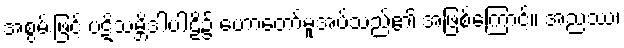
အစွမ်းဖြင့် ပဋိသမ္ဘိဒါပါဠိ၌ ဟောတော်မူအပ်သည်၏ အဖြစ်ကြောင့်။ အညဿ၊